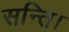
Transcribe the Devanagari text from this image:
सन्ति।